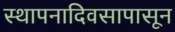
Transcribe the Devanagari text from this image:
स्थापनादिवसापासून